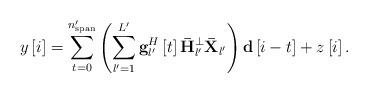
LaTeX: \begin{align*} y\left[ i \right] = \sum\limits_{t = 0}^{{n'_{{\rm{span}}}}} {\left( {\sum\limits_{l' = 1}^{L'} {{\bf{g}}_{l'}^H\left[ t \right]{{\bf{\bar H}}_{l'}^ \bot {\bf{\bar X}}_{l'} }} } \right){{\bf{d}}\left[ {i - t } \right]}}+ z\left[ {i} \right]. \end{align*}